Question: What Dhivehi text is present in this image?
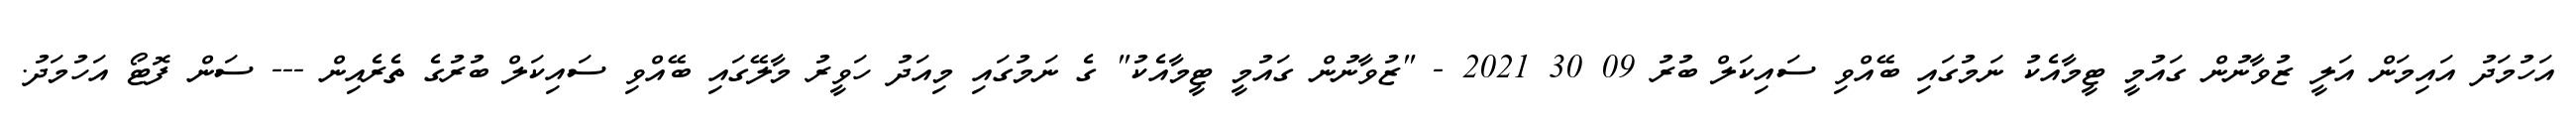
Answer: އަހުމަދު އައިމަން އަލީ ޒުވާނުން ގައުމީ ޓީމާއެކު ނަމުގައި ބޭއްވި ސައިކަލް ބުރު 09 30 2021 - "ޒުވާނުން ގައުމީ ޓީމާއެކު" ގެ ނަމުގައި މިއަދު ހަވީރު މާލޭގައި ބޭއްވި ސައިކަލް ބުރުގެ ތެރެއިން --- ސަން ފޮޓޯ އަހުމަދު.